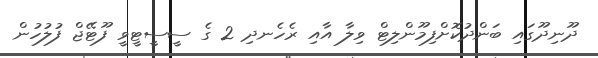
ދޫނިދޫގައި ބަންދުކޮށްފިމޫންލިޓް ވިލާ އާއި ރެހެނދި 2 ގެ ސީސީޓީވީ ފޫޓޭޖް ފުލުހުން